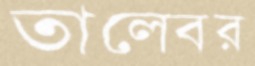
তালেবর